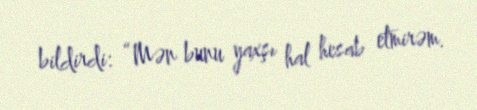
bildirdi: “Mən bunu yaxşı hal hesab etmirəm.